Source: Handwritten
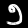
Digit: ၅ (5)